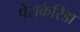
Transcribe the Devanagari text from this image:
पेराकैरिडा